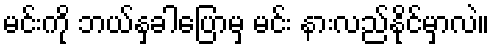
မင်းကို ဘယ်နှခါပြောမှ မင်း နားလည်နိုင်မှာလဲ။